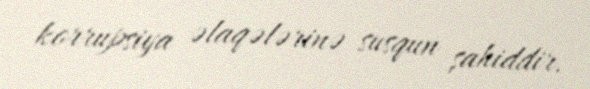
korrupsiya əlaqələrinə susqun şahiddir.